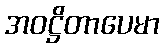
အဝဋ္ဌိတာပေမာ